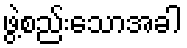
ဖွဲ့စည်းသောအခါ